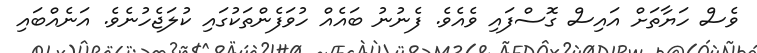
ވެސް ހަޔާތަށް އައިސް ގޮސްފައި ވެއެވެ. ފެނުނު ބައެއް ހުވަފެންތަކުގައި ކުލަޖެހުނެވެ. އަނެއްބައި